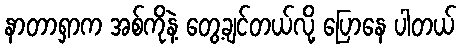
နာတာရှာက အစ်ကိုနဲ့ တွေ့ချင်တယ်လို့ ပြောနေ ပါတယ်